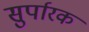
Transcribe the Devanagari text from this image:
सुर्पारक